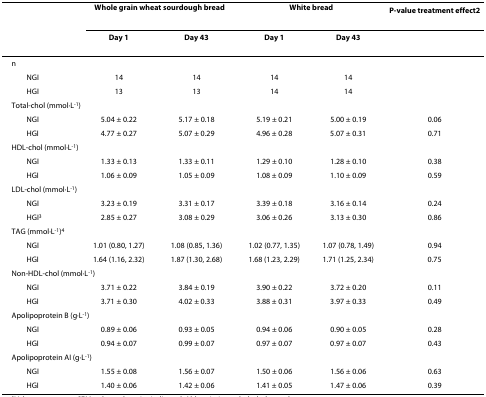
<table><thead><tr><td>[EMPTY_CELL]</td><td colspan="2"><b>Whole grain wheat sourdough bread</b></td><td colspan="2"><b>White bread</b></td><td><b>P-value treatment effect<sup>2</sup></b></td></tr><tr><td>[EMPTY_CELL]</td><td><b>Day 1</b></td><td><b>Day 43</b></td><td><b>Day 1</b></td><td><b>Day 43</b></td><td>[EMPTY_CELL]</td></tr></thead><tbody><tr><td>n</td><td>[EMPTY_CELL]</td><td>[EMPTY_CELL]</td><td>[EMPTY_CELL]</td><td>[EMPTY_CELL]</td><td>[EMPTY_CELL]</td></tr><tr><td> NGI</td><td>14</td><td>14</td><td>14</td><td>14</td><td>[EMPTY_CELL]</td></tr><tr><td> HGI</td><td>13</td><td>13</td><td>14</td><td>14</td><td>[EMPTY_CELL]</td></tr><tr><td colspan="6">Total-chol (mmol·L<sup>-1</sup>)</td></tr><tr><td> NGI</td><td>5.04 ± 0.22</td><td>5.17 ± 0.18</td><td>5.19 ± 0.21</td><td>5.00 ± 0.19</td><td>0.06</td></tr><tr><td> HGI</td><td>4.77 ± 0.27</td><td>5.07 ± 0.29</td><td>4.96 ± 0.28</td><td>5.07 ± 0.31</td><td>0.71</td></tr><tr><td colspan="6">HDL-chol (mmol·L<sup>-1</sup>)</td></tr><tr><td> NGI</td><td>1.33 ± 0.13</td><td>1.33 ± 0.11</td><td>1.29 ± 0.10</td><td>1.28 ± 0.10</td><td>0.38</td></tr><tr><td> HGI</td><td>1.06 ± 0.09</td><td>1.05 ± 0.09</td><td>1.08 ± 0.09</td><td>1.10 ± 0.09</td><td>0.59</td></tr><tr><td colspan="6">LDL-chol (mmol·L<sup>-1</sup>)</td></tr><tr><td> NGI</td><td>3.23 ± 0.19</td><td>3.31 ± 0.17</td><td>3.39 ± 0.18</td><td>3.16 ± 0.14</td><td>0.24</td></tr><tr><td> HGI<sup>3</sup></td><td>2.85 ± 0.27</td><td>3.08 ± 0.29</td><td>3.06 ± 0.26</td><td>3.13 ± 0.30</td><td>0.86</td></tr><tr><td colspan="6">TAG (mmol·L<sup>-1</sup>)<sup>4</sup></td></tr><tr><td> NGI</td><td>1.01 (0.80, 1.27)</td><td>1.08 (0.85, 1.36)</td><td>1.02 (0.77, 1.35)</td><td>1.07 (0.78, 1.49)</td><td>0.94</td></tr><tr><td> HGI</td><td>1.64 (1.16, 2.32)</td><td>1.87 (1.30, 2.68)</td><td>1.68 (1.23, 2.29)</td><td>1.71 (1.25, 2.34)</td><td>0.75</td></tr><tr><td colspan="6">Non-HDL-chol (mmol·L<sup>-1</sup>)</td></tr><tr><td> NGI</td><td>3.71 ± 0.22</td><td>3.84 ± 0.19</td><td>3.90 ± 0.22</td><td>3.72 ± 0.20</td><td>0.11</td></tr><tr><td> HGI</td><td>3.71 ± 0.30</td><td>4.02 ± 0.33</td><td>3.88 ± 0.31</td><td>3.97 ± 0.33</td><td>0.49</td></tr><tr><td colspan="6">Apolipoprotein B (g·L<sup>-1</sup>)</td></tr><tr><td> NGI</td><td>0.89 ± 0.06</td><td>0.93 ± 0.05</td><td>0.94 ± 0.06</td><td>0.90 ± 0.05</td><td>0.28</td></tr><tr><td> HGI</td><td>0.94 ± 0.07</td><td>0.99 ± 0.07</td><td>0.97 ± 0.07</td><td>0.97 ± 0.07</td><td>0.43</td></tr><tr><td colspan="6">Apolipoprotein AI (g·L<sup>-1</sup>)</td></tr><tr><td> NGI</td><td>1.55 ± 0.08</td><td>1.56 ± 0.07</td><td>1.50 ± 0.06</td><td>1.56 ± 0.06</td><td>0.63</td></tr><tr><td> HGI</td><td>1.40 ± 0.06</td><td>1.42 ± 0.06</td><td>1.41 ± 0.05</td><td>1.47 ± 0.06</td><td>0.39</td></tr></tbody></table>